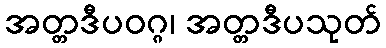
အတ္တဒီပဝဂ္ဂ၊ အတ္တဒီပသုတ်